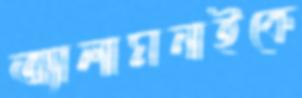
অ্যালামনাইকে